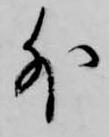
外